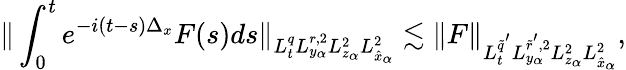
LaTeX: \| \int_{0}^{t}e^{-i(t-s)\Delta_{x}}F(s)ds\| _{L_{t}^{q}L_{y_{\alpha}}^{r,2}L_{z_{\alpha}}^{2}L_{\hat{x}_{\alpha}}^{2}}\lesssim\| F\| _{L_{t}^{\tilde{q}^{'}}L_{y_{\alpha}}^{\tilde{r}^{'},2}L_{z_{\alpha}}^{2}L_{\hat{x}_{\alpha}}^{2}},